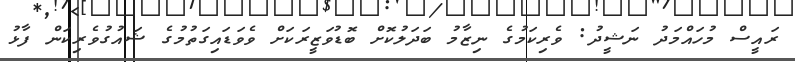
ރައީސް މުހައްމަދު ނަޝީދު: ވެރިކަމުގެ ނިޒާމު ބަދަލުކޮށް ބޮޑުވަޒީރަކަށް ވެވަޑައިގަތުމުގެ ޝައުގުވެރިކަން ފާޅު